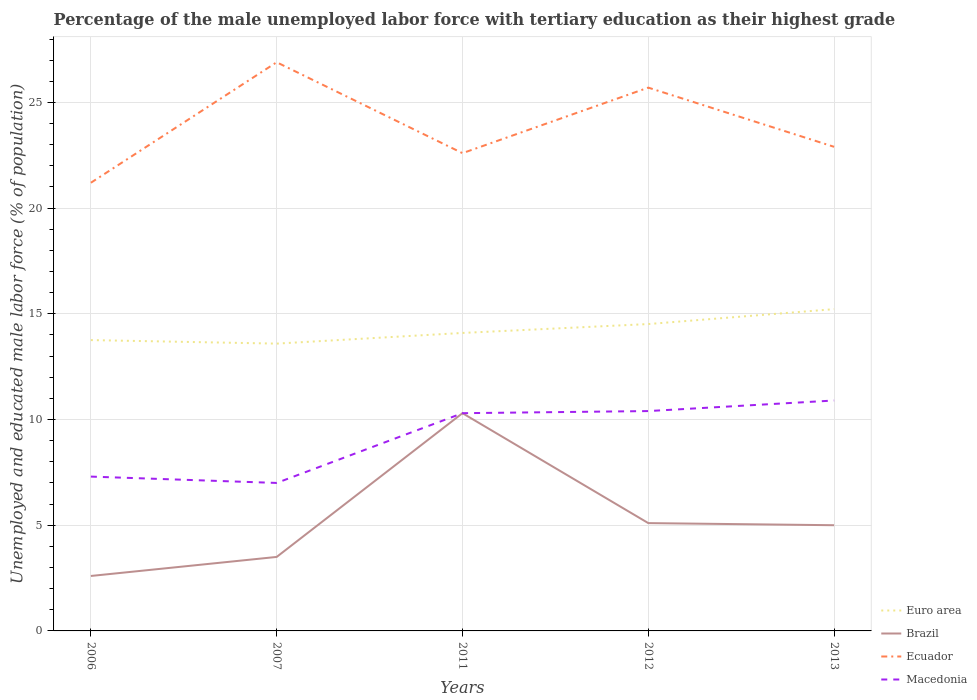
| Years | Euro area | Brazil | Ecuador | Macedonia |
 | --- | --- | --- | --- | --- |
 | 2006 | 13.8 | 2.6 | 21.2 | 7.3 |
 | 2007 | 13.6 | 3.5 | 26.9 | 7 |
 | 2011 | 14.1 | 10.3 | 22.6 | 10.3 |
 | 2012 | 14.5 | 5.1 | 25.7 | 10.4 |
 | 2013 | 15.2 | 5 | 22.9 | 10.9 |